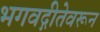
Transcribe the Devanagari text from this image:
भगवद्गीतेवरून